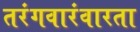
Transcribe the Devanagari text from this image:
तरंगवारंवारता